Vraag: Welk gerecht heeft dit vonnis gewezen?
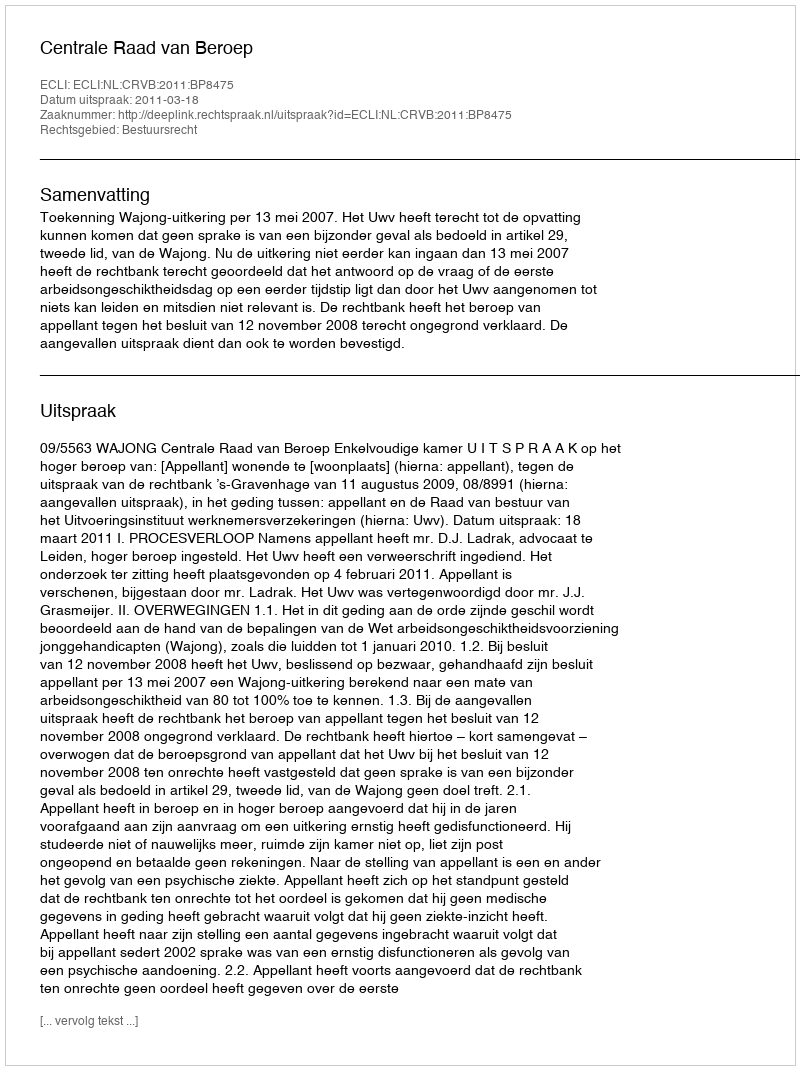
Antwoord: Centrale Raad van Beroep